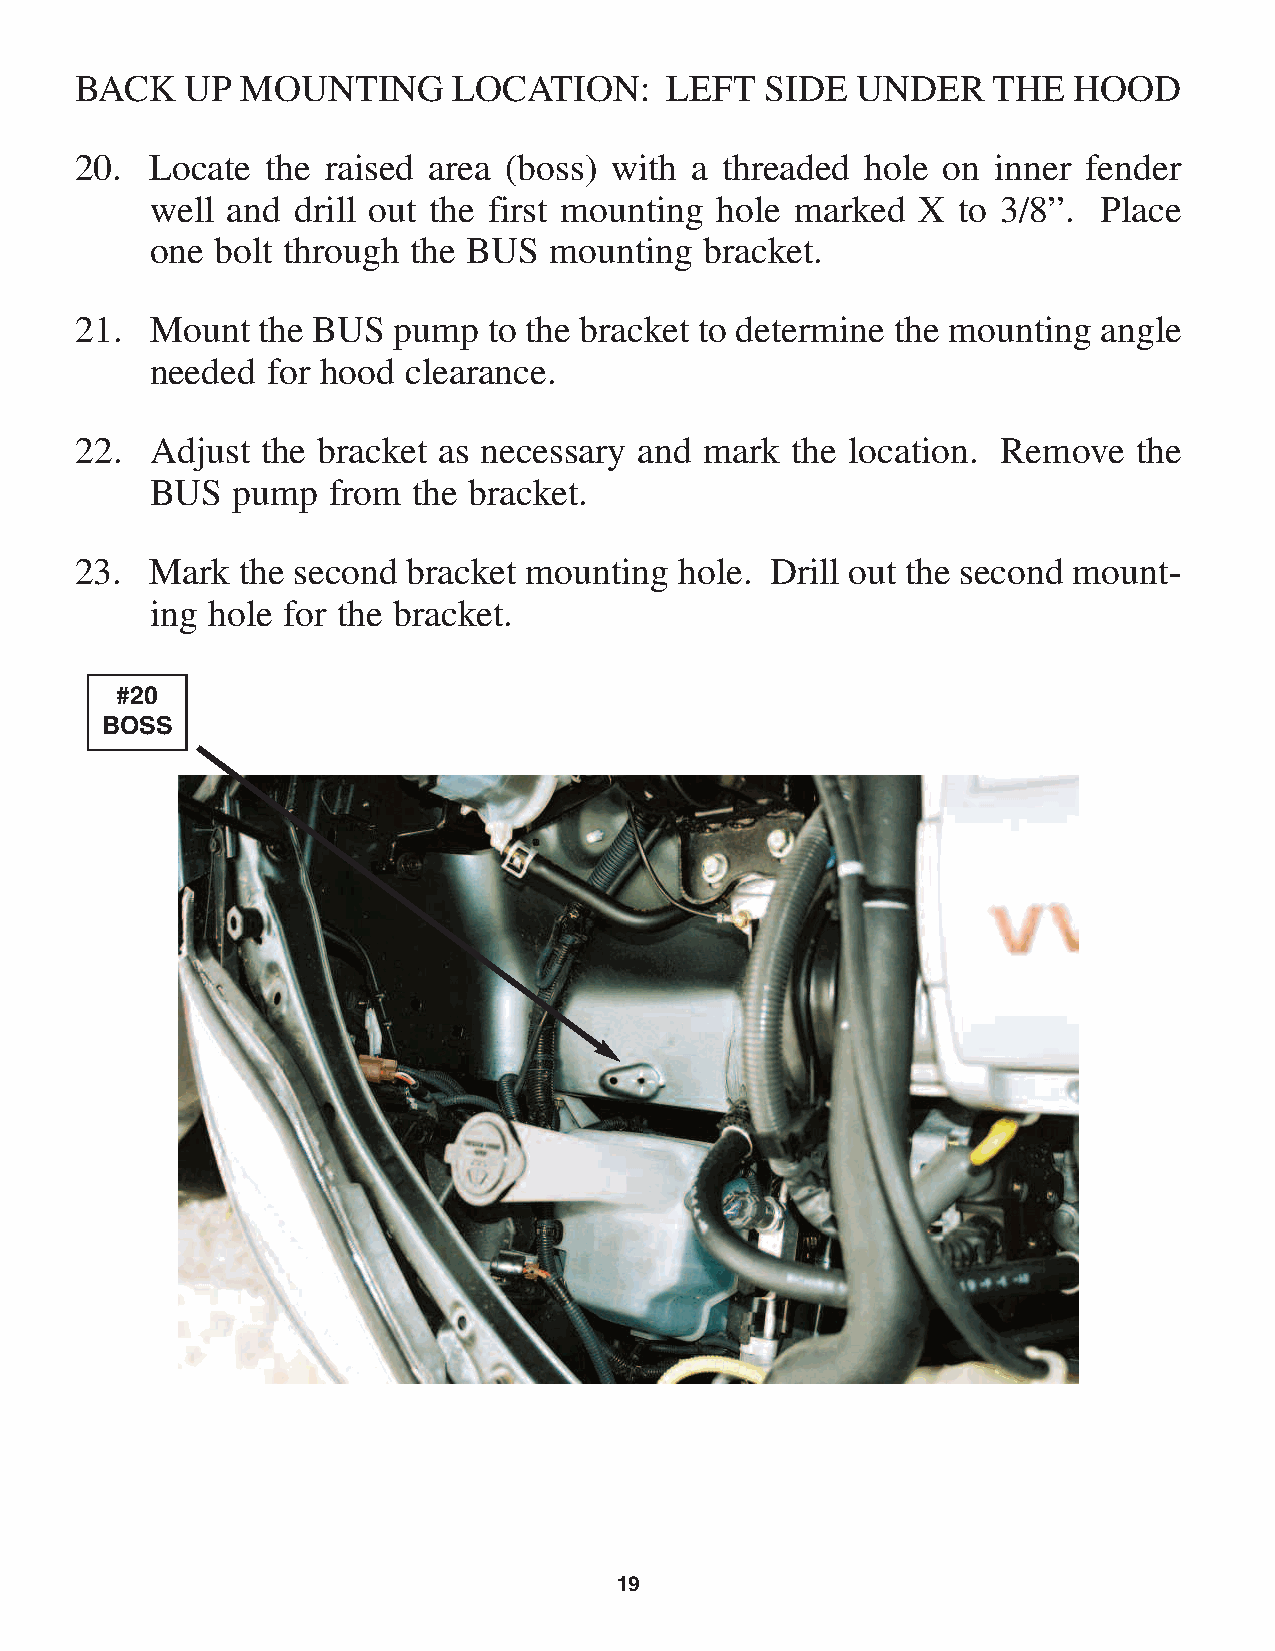
BACK   UP  MOUNTING      LOCATION:     LEFT   SIDE  UNDER    THE  HOOD
 20.  Locate  the raised area (boss) with a threaded hole on  inner fender
 well and drill out the first mounting hole marked  X to 3/8”.  Place
 one bolt through the BUS  mounting   bracket.
 21.  Mount  the BUS  pump  to the bracket to determine the mounting angle
 needed  for hood clearance.
 22.  Adjust the bracket as necessary and  mark the location. Remove   the
 BUS  pump   from the bracket.
 23.  Mark  the second bracket mounting  hole. Drill out the second mount-
 ing hole for the bracket.
 #20
 BOSS
 19